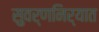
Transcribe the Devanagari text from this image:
सुवर्णनिर्यात